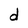
Character: d